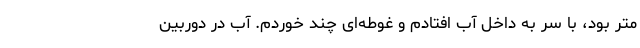
متر بود، با سر به داخل آب افتادم و غوطه‌ای چند خوردم. آب در دوربین